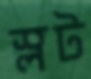
স্লট